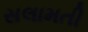
સલામતી